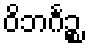
ဝိဘင်္ဂဉ္စ